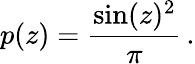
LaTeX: p(z)=\frac{\sin(z)^{2}}{\pi}\, .